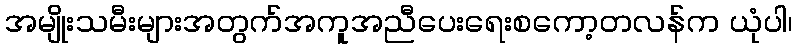
အမျိုးသမီးများအတွက်အကူအညီပေးရေးစကော့တလန်က ယုံပါ၊